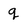
Character: q